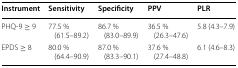
<table><thead><tr><td><b>Instrument</b></td><td><b>Sensitivity</b></td><td><b>Specificity</b></td><td><b>PPV</b></td><td><b>PLR</b></td></tr></thead><tbody><tr><td>PHQ-9 ≥ 9</td><td>77.5 % (61.5–89.2)</td><td>86.7 % (83.0–89.9)</td><td>36.5 % (26.3–47.6)</td><td>5.8 (4.3–7.9)</td></tr><tr><td>EPDS ≥ 8</td><td>80.0 % (64.4–90.9)</td><td>87.0 % (83.3–90.1)</td><td>37.6 % (27.4–48.8)</td><td>6.1 (4.6–8.3)</td></tr></tbody></table>